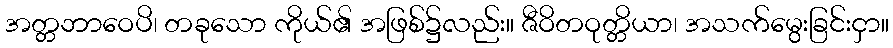
အတ္တဘာဝေပိ၊ တခုသော ကိုယ်၏ အဖြစ်၌လည်း။ ဇီဝိတဝုတ္တိယာ၊ အသက်မွေးခြင်းငှာ။